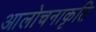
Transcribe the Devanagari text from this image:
आलोचनाकृति